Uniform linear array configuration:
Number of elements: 48
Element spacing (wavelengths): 0.25
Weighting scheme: blackman
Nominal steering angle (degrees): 45
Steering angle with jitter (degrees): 44.105
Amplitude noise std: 0.05
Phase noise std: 0.05

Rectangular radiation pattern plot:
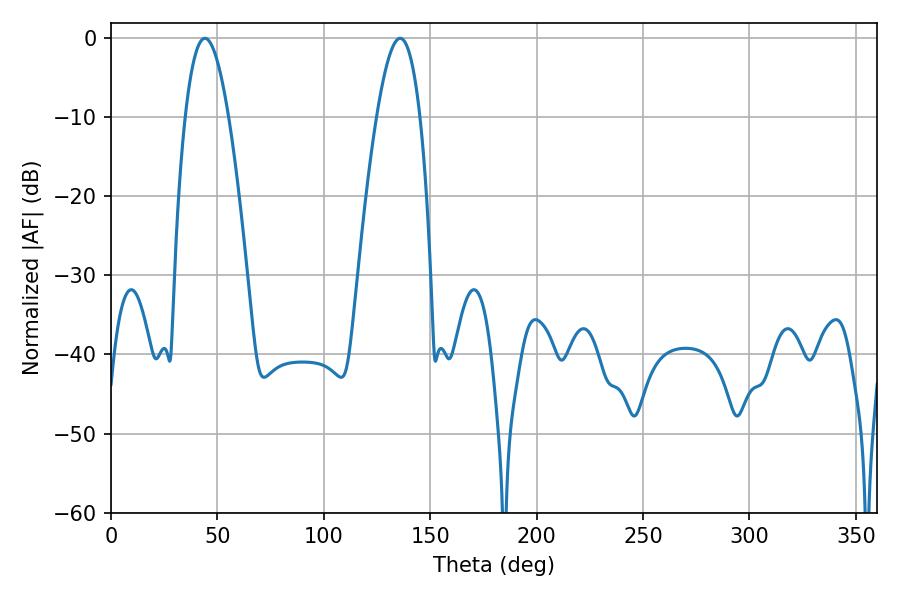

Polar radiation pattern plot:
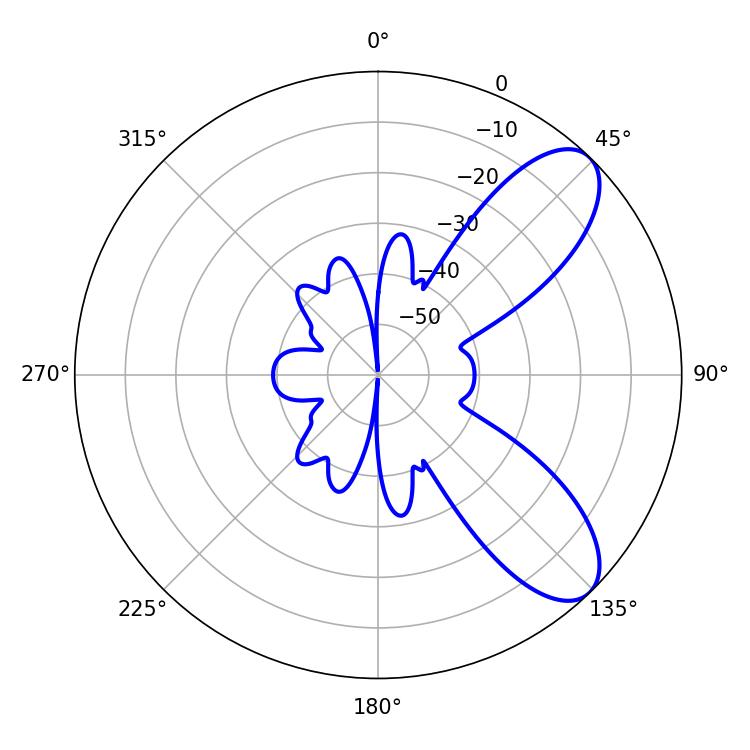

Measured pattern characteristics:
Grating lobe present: FALSE
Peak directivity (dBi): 8.333
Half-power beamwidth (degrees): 11.16
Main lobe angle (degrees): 44.1